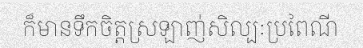
ក៏មានទឹកចិត្តស្រឡាញ់សិល្បៈប្រពៃណី